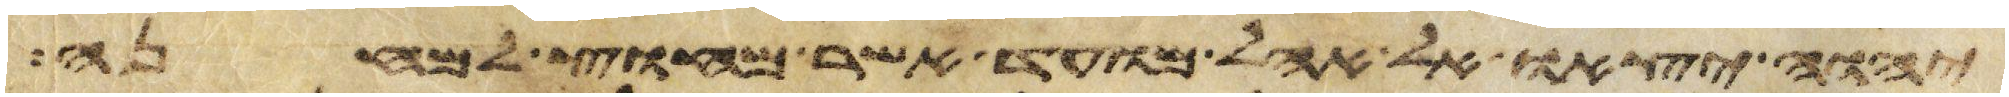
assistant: יהוה יצאו אל אהל מועד אשר מחוץ למחנה